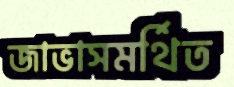
জাভাসমর্থিত